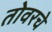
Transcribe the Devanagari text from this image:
तोवरचे